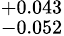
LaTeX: ^{+0.043}_{-0.052}